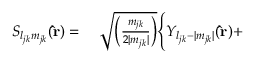
\begin{array} { r l } { S _ { l _ { j k } m _ { j k } } ( \mathbf { \hat { r } } ) = { } } & { { } \sqrt { \Big ( \frac { m _ { j k } } { 2 | m _ { j k } | } \Big ) } \Bigg \{ Y _ { l _ { j k } - | m _ { j k } | } ( \mathbf { \hat { r } } ) + } \end{array}